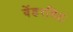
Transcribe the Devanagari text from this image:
वेंडरबिट